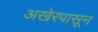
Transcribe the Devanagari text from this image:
अखेरपासून